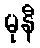
မုနီ